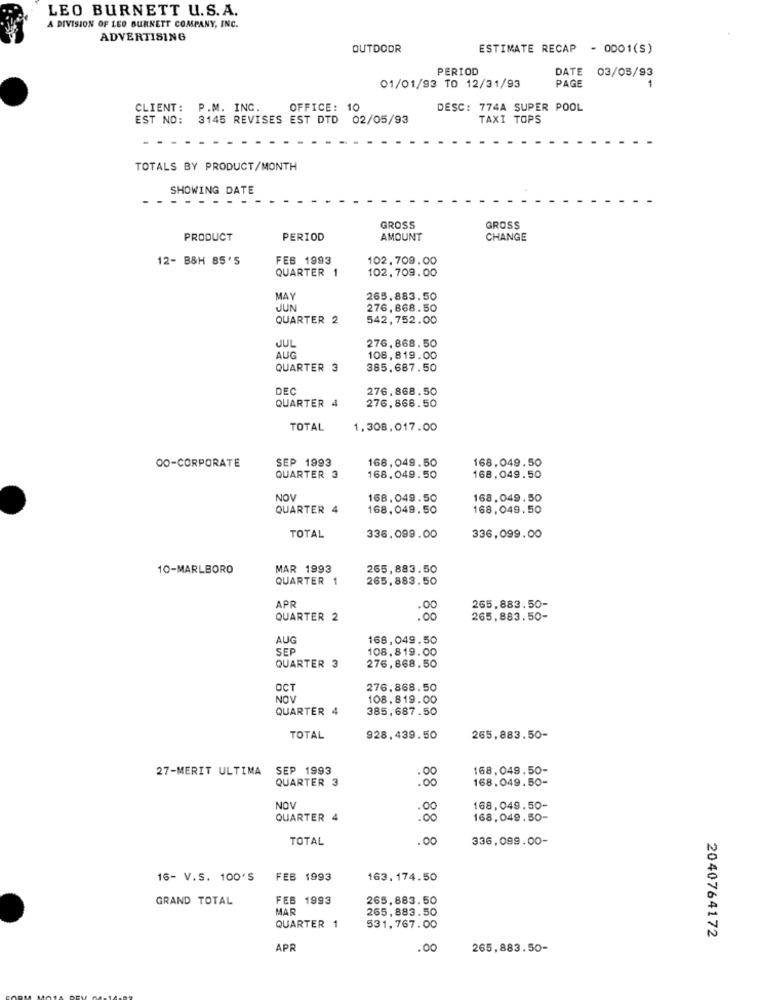
LEO BURNETT U.S.A.
A DIVISION OF LEO BURNETT COMPANY, INC.
ADVERTISING
OUTDOOR
ESTIMATE RECAP - 0001(S)
PERIOD
DATE 03/05/93
PAGE
01/01/93 TO 12/31/93
1
CLIENT: P.M. ING.
OFFICE: 10
DESC: 774A SUPER POOL
EST NO: 3145 REVISES EST DTD 02/05/93
TAXI TOPS
TOTALS BY PRODUCT/MONTH
SHOWING DATE
GROSS
GROSS
PRODUCT
PERIOD
AMOUNT
CHANGE
12- B&H 85'S
FEB 1993
102,709.00
QUARTER 1
102,709.00
MAY
265.883.50
JUN
276,868.50
QUARTER 2
542,752.00
276,868.50
JUL
AUG
108,819.00
QUARTER 3
385.687.50
DEC
276.868.50
QUARTER 4
276.868.50
TOTAL
1.308,017.00
SEP 1993
168,049.50
168.049.50
00-CORPORATE
QUARTER 3
168.049.50
168,049.50
NOV
168.049.50
168.049.50
QUARTER 4
168, 049. 50
168,049.50
TOTAL
336,099.00
336,099.00
10-MARLBORO
MAR 1993
265, 883.50
QUARTER 1
265.883.50
265.883.50-
APR
QUARTER 2
88
265,883.50-
AUG
168,049.50
SEP
108.819.00
276, 868.50
QUARTER 3
OCT
276.868.50
NOV
108.819.00
QUARTER 4
385,687.50
TOTAL
928.439.50
265,883.50-
27-MERIT ULTIMA
SEP 1993
168.049.50-
QUARTER 3
168.049.50-
NOV
168,049.50-
QUARTER 4
88 88
168,049.50-
TOTAL
.00
336,099.00-
16- V.S. 100'S
FEB 1993
163.174.50
GRAND TOTAL
FEB 1993
265,883.50
MAR
265.883.50
531,767.00
QUARTER 1
2040764172
APR
.00
265,883.50-